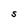
Character: S